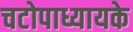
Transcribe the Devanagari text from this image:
चटोपाध्यायके